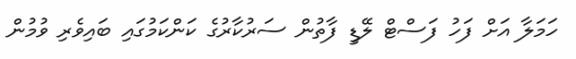
ހަމަލާ އަށް ފަހު ފަސްޓް ލޭޑީ ފާތުން ސަރުކާރުގެ ކަންކަމުގައި ބައިވެރި ވުމުން